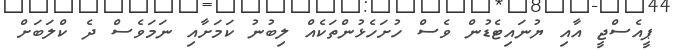
ޕީއެސްޖީ އާއި ޔުނައިޓެޑުން ވެސް ހުށަހެޅުންތަކެއް ލިބުނު ކަމަށާއި ނަމަވެސް ދެ ކްލަބަށް